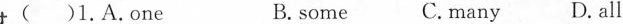
( )1,A.One B. some C. many D. all